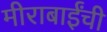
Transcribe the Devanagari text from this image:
मीराबाईंची